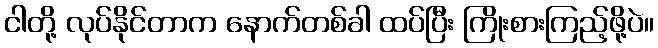
ငါတို့ လုပ်နိုင်တာက နောက်တစ်ခါ ထပ်ပြီး ကြိုးစားကြည့်ဖို့ပဲ။